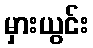
မှားယွင်း